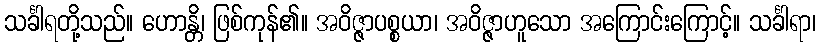
သင်္ခါရတို့သည်။ ဟောန္တိ၊ ဖြစ်ကုန်၏။ အဝိဇ္ဇာပစ္စယာ၊ အဝိဇ္ဇာဟူသော အကြောင်းကြောင့်။ သင်္ခါရာ၊